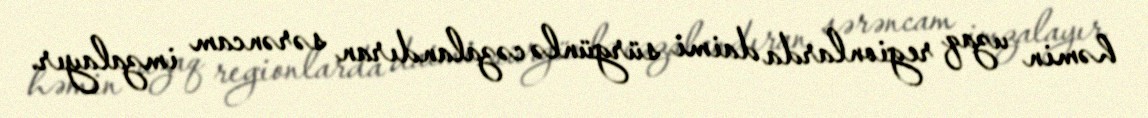
həmin uzaq regionlarda daimi sürgünlə cəzalandıran sərəncam imzalayır.